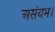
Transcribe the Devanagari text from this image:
असंयम।